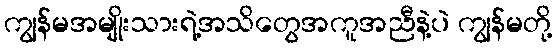
ကျွန်မအမျိုးသားရဲ့အသိတွေအကူအညီနဲ့ပဲ ကျွန်မတို့